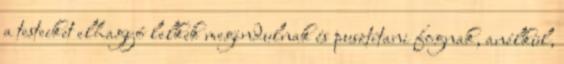
a testeiket elhagyó lelkek megindulnak és pusztítani fognak, anélkül,